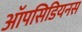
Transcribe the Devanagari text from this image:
ऑपसिडियनस